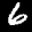
Label: 6